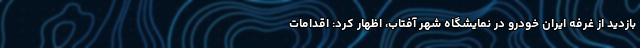
بازدید از غرفه ایران خودرو در نمایشگاه شهر آفتاب، اظهار کرد: اقدامات